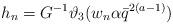
LaTeX: \begin{align*}h_n=G^{-1}\vartheta_3(w_n\alpha \bar q ^{2(a-1)})\end{align*}